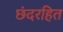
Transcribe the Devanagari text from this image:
छंदरहित